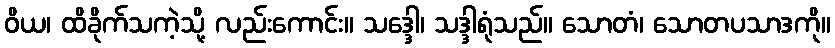
ဝိယ၊ ထိခိုက်သကဲ့သို့ လည်းကောင်း။ သဒ္ဒေါ၊ သဒ္ဒါရုံသည်။ သောတံ၊ သောတပသာဒကို။